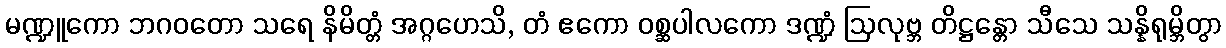
မဏ္ဍူကော ဘဂဝတော သရေ နိမိတ္တံ အဂ္ဂဟေသိ, တံ ဧကော ဝစ္ဆပါလကော ဒဏ္ဍံ ဩလုဗ္ဘ တိဋ္ဌန္တော သီသေ သန္နိရုမ္ဘိတွာ